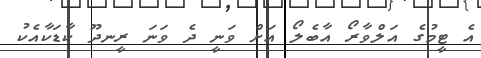
އެ ޓީމުގެ އަލްވާރޯ އާބެލޯ އަށް ވަނީ ދެ ވަނަ ރީނދޫ ކާޑަކާއެކު